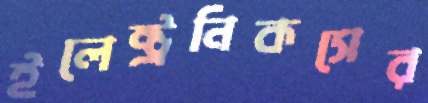
ইলেক্ট্রনিকসের